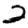
Digit: 2